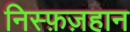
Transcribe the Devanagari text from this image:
निस्फ़ज़हान